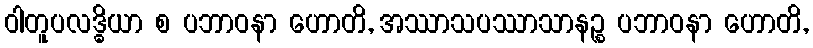
ဝါတူပလဒ္ဓိယာ စ ပဘာဝနာ ဟောတိ, အဿာသပဿာသာနဉ္စ ပဘာဝနာ ဟောတိ,